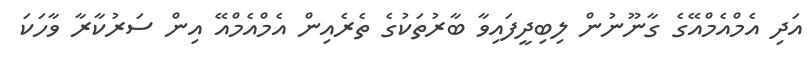
އަދި އެމްއެމްއޭގެ ގާނޫނުން ލިބިދީފައިވާ ބާރުތަކުގެ ތެރެއިން އެމްއެމްއޭ އިން ސަރުކާރާ ވާހަކަ